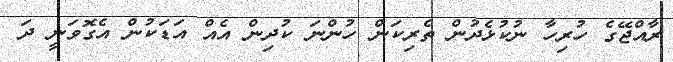
ރާއްޖޭގެ ހުރިހާ ނުކުޅެދުން ތެރިކަން ހުންނަ ކުދިން އެއް އަޑަކުން އެގޮވަނީ ދަ